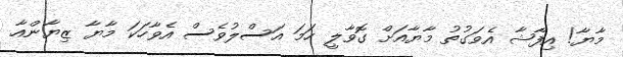
މާޔާ! އިފާޝާ އެވަގުތު މާޔާއަށް ގޮވާލީ ހަމަ އަސްލުވެސް އެވާހަކަ މާޔާ ޒިޔާންއާ